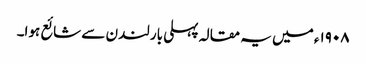
١٩٠٨ء میں یہ مقالہ پہلی بار لندن سے شائع ہوا۔